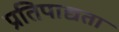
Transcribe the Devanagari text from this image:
प्रतिपाद्यता